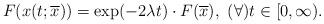
LaTeX: \begin{align*}F(x(t;\overline{x}))= \exp(-2\lambda t) \cdot F(\overline{x}), ~ (\forall)t\in [0,\infty).\end{align*}